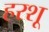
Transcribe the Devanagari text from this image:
हरशू